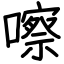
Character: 嚓